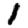
Digit: 1